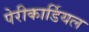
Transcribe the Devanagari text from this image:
पेरीकार्डियल